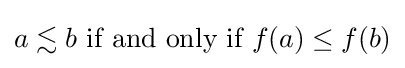
a{}\lesssim {}b{\text{ if and only if }}f(a)\leq f(b)